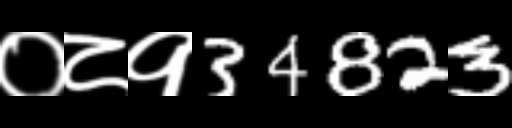
Text: ०८१34823